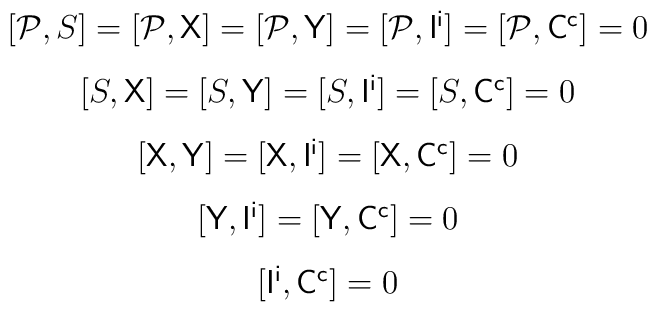
\begin{array}{c}[{\cal P},S]=[{\cal P},{\sf X}]=[{\cal P},{\sf Y}]=[{\cal P},{\sf I}^{\sf i}]=[{\cal P},{\sf C}^{\sf c}]=0 \\[3mm][S,{\sf X}]=[S,{\sf Y}]=[S,{\sf I}^{\sf i}]=[S,{\sf C}^{\sf c}]=0 \\[3mm][{\sf X},{\sf Y}]=[{\sf X},{\sf I}^{\sf i}]=[{\sf X},{\sf C}^{\sf c}]=0\\[3mm][{\sf Y},{\sf I}^{\sf i}]=[{\sf Y},{\sf C}^{\sf c}]=0 \\[3mm][{\sf I}^{\sf i},{\sf C}^{\sf c}]=0\end{array}